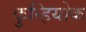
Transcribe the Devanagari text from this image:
कुन्हियोक